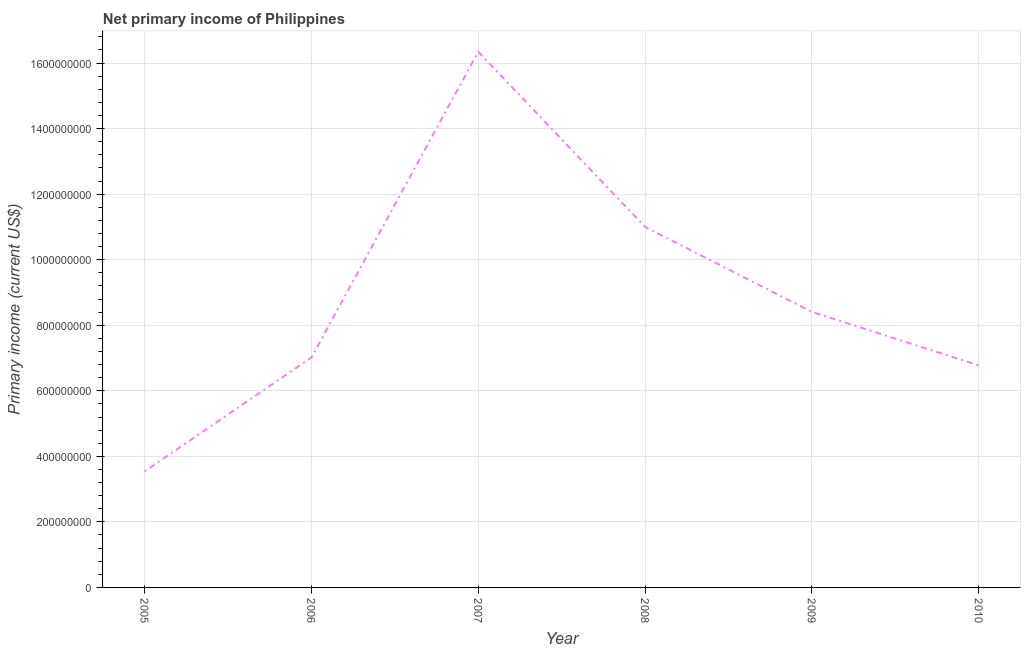
| Year | Net primary income |
 | --- | --- |
 | 2005 | 3.54e+08 |
 | 2006 | 7.02e+08 |
 | 2007 | 1.63e+09 |
 | 2008 | 1.1e+09 |
 | 2009 | 8.41e+08 |
 | 2010 | 6.77e+08 |